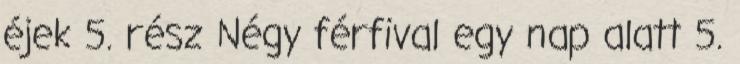
éjek 5. rész Négy férfival egy nap alatt 5.